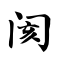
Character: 阂